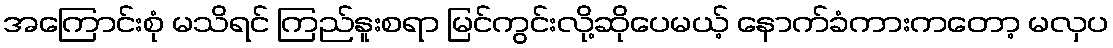
အကြောင်းစုံ မသိရင် ကြည်နူးစရာ မြင်ကွင်းလို့ဆိုပေမယ့် နောက်ခံကားကတော့ မလှပ